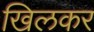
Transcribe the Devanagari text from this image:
खिलकर